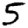
Digit: 5